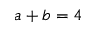
a + b = 4